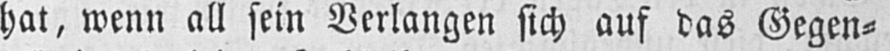
hat, wenn all sein Verlangen sich auf das Gegen⸗